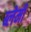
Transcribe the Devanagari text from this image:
ब्लेमी